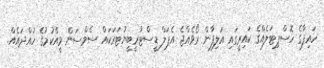
ހައިފާގެ ހޮސްޕިޓަލެއްގެ ކައިރީގައި އަލިފާން ރޯވެއްޖެ އެޕަލް ޑީސްޓުރީބީޔުޓަރަކައް ސެމްސަން ވީއްކުމުގެ ހުއްދައެއް.